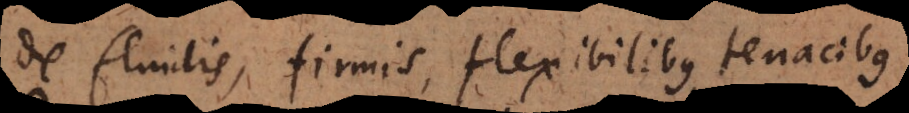
de fluidis, firmis, flexibilibus, tenacibus